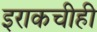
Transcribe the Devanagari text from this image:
इराकचीही